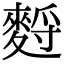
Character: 𪌳